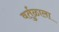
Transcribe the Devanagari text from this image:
वर्तुळाला